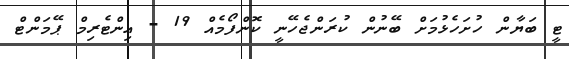
ޓީ ބަޔާން ހުށަހެޅުމަށް ބޭނުން ކުރަންޖެހޭނީ ކޮންފޯމެއް 19 - އިންޓެރިމް ޕޭމަންޓް